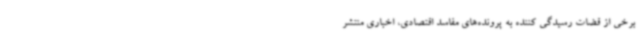
برخی از قضات رسیدگی کننده به پرونده‌های مفاسد اقتصادی، اخباری منتشر